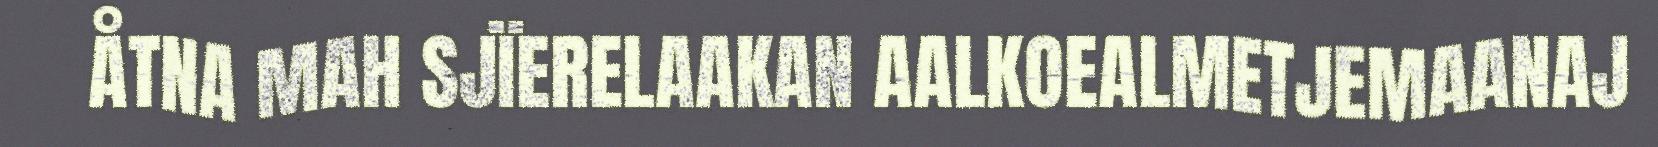
ÅTNA MAH SJÏERELAAKAN AALKOEALMETJEMAANAJ